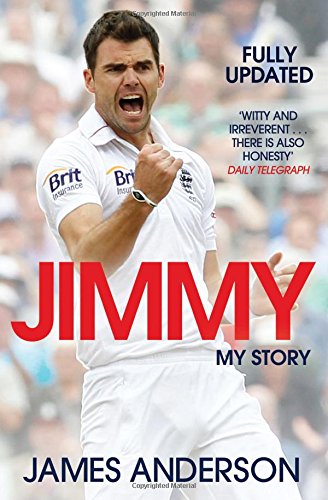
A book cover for Jimmy: My Story; James Anderson; Sports & Outdoors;